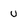
Character: U